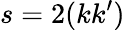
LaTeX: s=2(kk^{\prime})